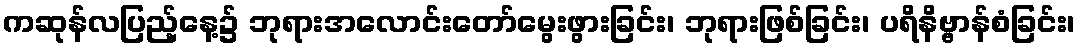
ကဆုန်လပြည့်နေ့၌ ဘုရားအလောင်းတော်မွေးဖွားခြင်း၊ ဘုရားဖြစ်ခြင်း၊ ပရိနိဗ္ဗာန်စံခြင်း၊